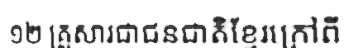
១២ គ្រួសារជាជនជាតិខ្មែរក្រៅពី